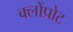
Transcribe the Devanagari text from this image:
क्लोंप्रोट